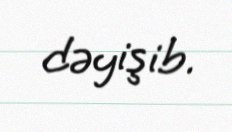
dəyişib.